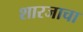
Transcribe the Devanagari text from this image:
शारजाचा